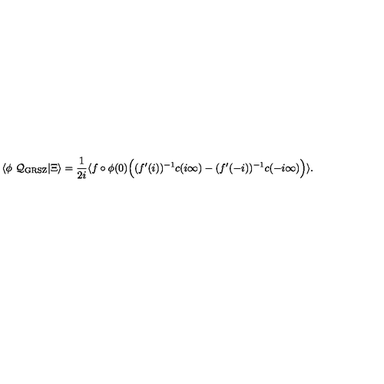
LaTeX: \langle \phi \ { \cal Q _ { \mathrm { G R S Z } } } | \Xi \rangle = { \frac { 1 } { 2 i } } \langle f \circ \phi ( 0 ) \Bigl ( ( f ^ { \prime } ( i ) ) ^ { - 1 } c ( i \infty ) - ( f ^ { \prime } ( - i ) ) ^ { - 1 } c ( - i \infty ) \Bigr ) \rangle .